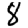
Digit: 8